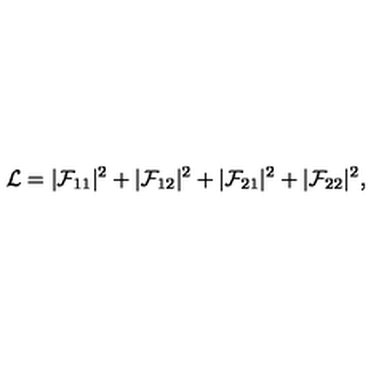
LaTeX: { \cal L } = | { \cal F } _ { 1 1 } | ^ { 2 } + | { \cal F } _ { 1 2 } | ^ { 2 } + | { \cal F } _ { 2 1 } | ^ { 2 } + | { \cal F } _ { 2 2 } | ^ { 2 } ,